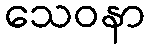
သေဝနာ